Vaccination in Bombay 1889-1901 - 1889-1901
Year: 1889
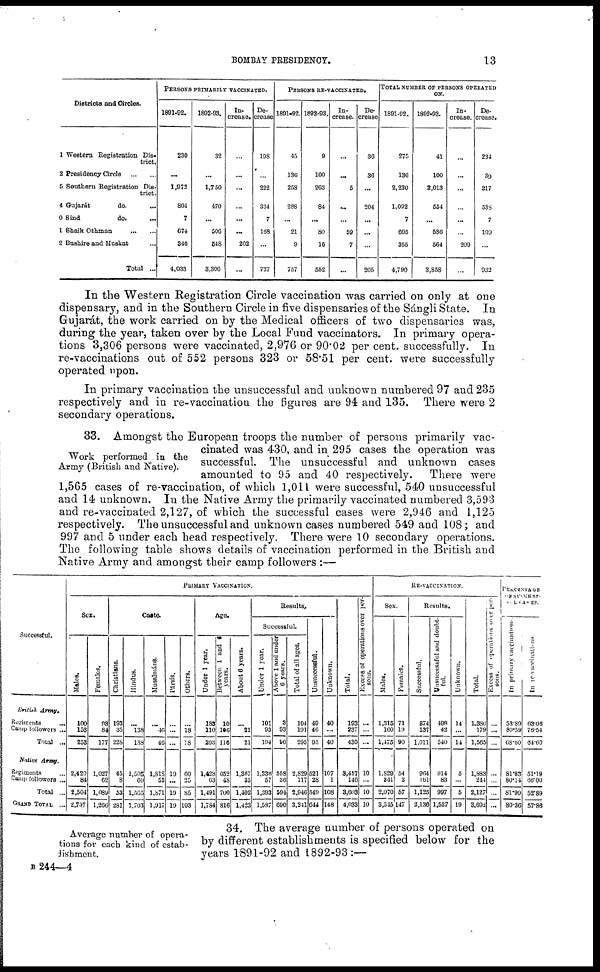
BOMBAY PRESIDENCY.
13
Districts and Circles.
1
2
5
4
0
1
2
Western Registration Dis-
trict.
Presidency Circle
... ...
Southern Registration Dis-
trict.
Gujarát
do. ...
Sind
do. ...
Shaik Othman
... ...
Bushire and Muskat ...
Total ...
PERSONS PRIMARILY VACCINATED.
1891-92.
230
...
1,972
804
7
674
346
4,033
1892-93.
32
...
1,750
470
...
506
548
3,306
In¬
crease.
...
...
...
...
...
...
202
...
De-
crease
198
...
222
334
7
168
...
727
PERSONS RE-VACCINATED.
1891-92.
45
136
258
288
...
21
9
757
1892-93.
9
100
263
84
...
80
16
552
In-
crease.
...
...
5
...
...
59
7
...
De-
crease
36
36
...
204
...
...
...
205
TOTAL NUMBER OF PERSONS OPERATED
ON.
1891-92.
275
136
2,230
1,092
7
695
355
4,790
1892-93.
41
100
2,013
554
...
586
564
3,858
In-
crease.
...
...
...
...
...
...
209
...
De-
crease.
234
39
217
538
7
109
...
932
In the Western Registration Circle vaccination was carried on only at one
dispensary, and in the Southern Circle in five dispensaries of the Sángli State. In
Gujarát, the work carried on by the Medical officers of two dispensaries was,
during the year, taken over by the Local Fund vaccinators. In primary opera-
tions 3,306 persons were vaccinated, 2,976 or 90.02 per cent. successfully. In
re-vaccinations out of 552 persons 323 or 58.51 per cent. were successfully
operated upon.
In primary vaccination the unsuccessful and unknown numbered 97 and 235
respectively and in re-vaccination the figures are 94 and 135. There were 2
secondary operations.
Work performed in the
Army (British and Native).
33. Amongst the European troops the number of persons primarily vac-
cinated was 430, and in 295 cases the operation was
successful. The unsuccessful and unknown cases
amounted to 95 and 40 respectively.
There were
1,565 cases of re-vaccination, of which 1,011 were successful, 540 unsuccessful
and 14 unknown. In the Native Army the primarily vaccinated numbered 3,593
and re-vaccinated 2,127, of which the successful cases were 2,946 and 1,125
respectively. The unsuccessful and unknown cases numbered 549 and 108; and
997 and 5 under each head respectively. There were 10 secondary operations.
The following table shows details of vaccination performed in the British and
Native Army and amongst their camp followers :—
Successful.
British
Army.
Regiments ...
Camp followers ...
Total ...
Native Army.
Regiments ...
Camp followers ...
Total ...
GRAND TOTAL ...
PRIMARY VACCINATION.
Sex.
Males.
100
153
253
2,420
84
2,504
2,757
Females.
93
84
177
1,027
62
1,089
1,266
Caste.
Christians.
193
35
228
45
8
53
281
Hindus.
...
138
138
1,505
60
1,565
1,703
Musalmáns.
...
46
46
1,818
53
1,871
1,917
Pársis.
...
...
...
19
...
19
19
Others.
...
18
18
60
25
85
103
Age.
Under 1 year.
183
110
293
1,428
63
1,491
1,784
Between 1 and 6
years.
10
106
116
652
48
700
816
About 6 years.
...
21
21
1,367
35
1,402
1,423
Results.
Successful.
Under 1 year.
101
93
194
1,336
57
1,393
1,587
Above 1 and under
6 years.
3
93
96
558
36
594
690
Total of all ages.
104
191
295
2,829
117
2,946
3,241
Unsuccessful.
49
46
95
521
28
549
644
Unknown.
40
...
40
107
1
108
148
Total.
193
237
430
3,457
146
3,603
4,033
Excess of operations over per-
sons.
...
...
10
...
10
10
RE-VACCINATION.
Sex.
Males.
1,315
160
1,475
1,829
241
2,070
3,545
Females.
71
19
90
54
3
57
147
Results.
Successful.
874
137
1,011
964
161
1,125
2,136
Unsuccessful and doubt-
ful.
498
42
540
914
83
997
1,537
Unknown.
14
...
14
5
...
5
19
Total.
1,386
179
1,565
1,883
244
2,127
3,692
Excess of operations over per-
sons.
...
...
...
...
...
...
...
PERCENTAGE
OF SUCCESS¬
FUL CASES.
In primary vaccinations.
53.89
80.59
68.60
81.83
80.14
81.99
80.36
In re-vaccinations.
63.06
76.54
64.60
51.19
66.00
52.89
57.86
Average number of opera-
tions for each kind of estab-
lishment.
34. The average number of persons operated on
by different establishments is specified below for the
years 1891-92 and 1892-93 :—
B 244—4